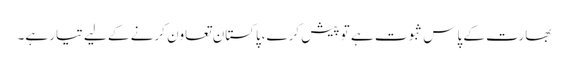
بھارت کے پاس ثبوت ہے تو پیش کرے،پاکستان تعاون کرنے کے لیے تیار ہے۔